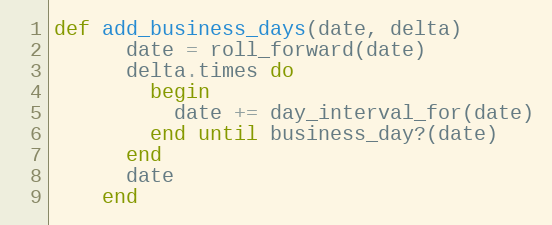
Language: Ruby
def add_business_days(date, delta)
      date = roll_forward(date)
      delta.times do
        begin
          date += day_interval_for(date)
        end until business_day?(date)
      end
      date
    end